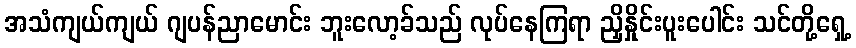
အသံကျယ်ကျယ် ဂျပန်ညာမောင်း ဘူးလော့ခ်သည် လုပ်နေကြရာ ညှိနှိုင်းပူးပေါင်း သင်တို့ရှေ့